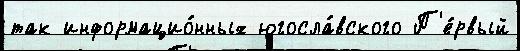
так информацио́нных югосла́вского П'е́рвый